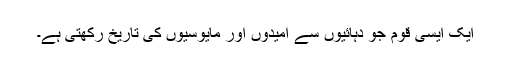
ایک ایسی قوم جو دہائیوں سے امیدوں اور مایوسیوں کی تاریخ رکھتی ہے۔